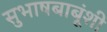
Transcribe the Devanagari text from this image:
सुभाषबाबूंशी